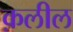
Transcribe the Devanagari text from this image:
क़लील